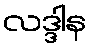
လဒ္ဒါန